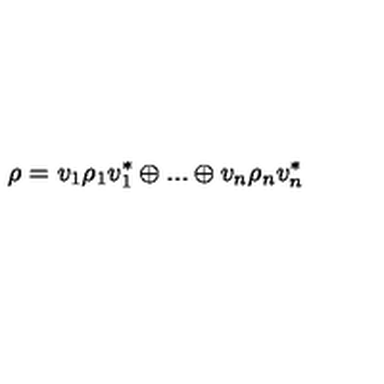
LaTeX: \rho = v _ { 1 } \rho _ { 1 } v _ { 1 } ^ { * } \oplus . . . \oplus v _ { n } \rho _ { n } v _ { n } ^ { * }